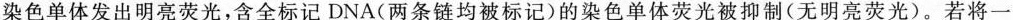
染色单体发出明亮荧光，含全标记DNA (两条链均被标记) 的染色单体荧光被抑制 (无明亮荧光) 。若将一